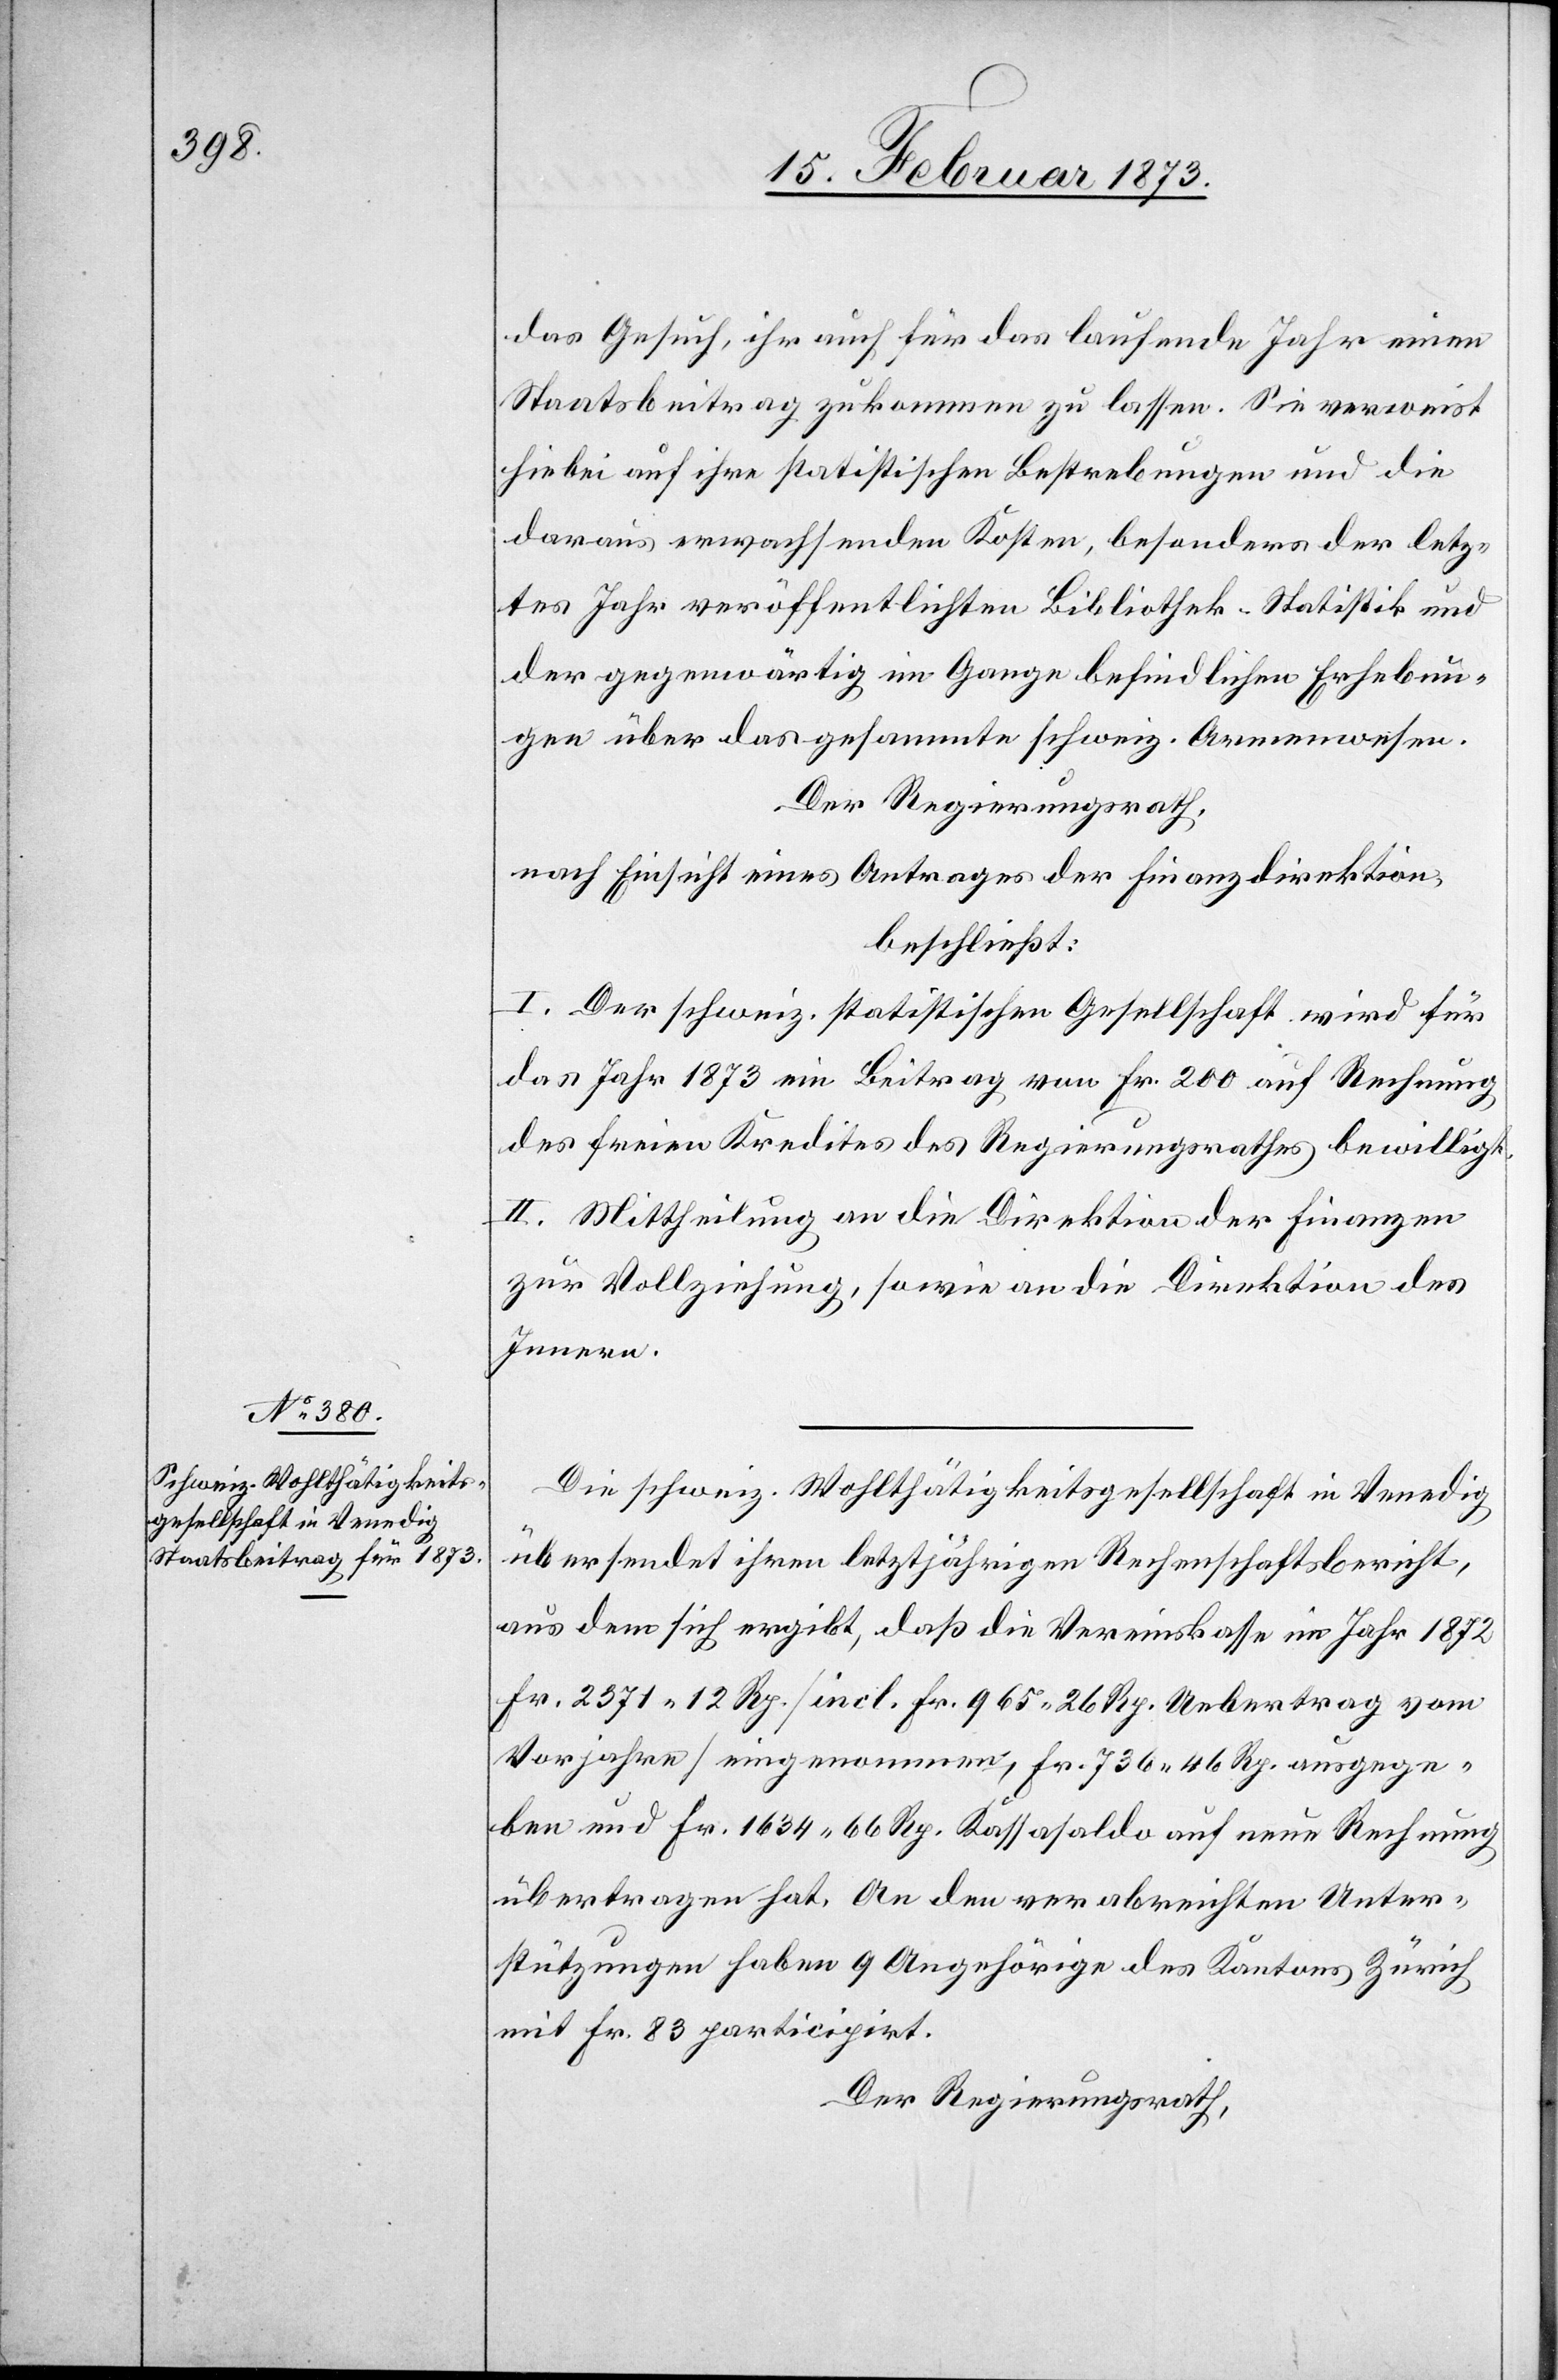
das Gesuch, ihr auch für das laufende Jahr einen
Staatsbeitrag zukommen zu lassen. Sie verweist
hiebei auf ihre statistischen Bestrebungen und die
daraus erwachsenden Kosten, besonders der letz¬
tes Jahr veröffentlichten Bibliothek-Statistik und
der gegenwärtig im Gange befindlichen Erhebun¬
gen über das gesammte schweiz. Armenwesen.
Der Regierungsrath,
nach Einsicht eines Antrages der Finanzdirektion,
beschließt:
I. Der schweiz. statistischen Gesellschaft wird für
das Jahr 1873 ein Beitrag von Fr. 200 auf Rechnung
des freien Kredites des Regierungsrathes bewilligt.
II. Mittheilung an die Direktion der Finanzen
zur Vollziehung, sowie an die Direktion des
Innern.
Die schweiz. Wohlthätigkeitsgesellschaft in Venedig
übersendet ihren letztjährigen Rechenschaftsbericht,
aus dem sich ergibt, daß die Vereinskasse im Jahr 1872
Fr. 2371.12 Rp. [incl. Fr. 965.26 Rp. Uebertrag vom
Vorjahre] eingenommen, Fr. 736.46 Rp. ausgege¬
ben und Fr. 1634.66 Rp. Kassasaldo auf neue Rechnung
übertragen hat. An den verabreichten Unter¬
stützungen haben 9 Angehörige des Kantons Zürich
mit Fr. 83 participirt.
Der Regierungsrath,